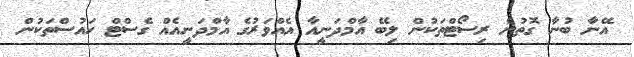
އޭނާ ބުނާ ގޮތުން ރިސޯޓްތަކުން ލިބޭ އާމްދަނީއާ އެއްވަރުގެ އާމްދަނީއެއް ގެސްޓް ހައުސްތަކުން